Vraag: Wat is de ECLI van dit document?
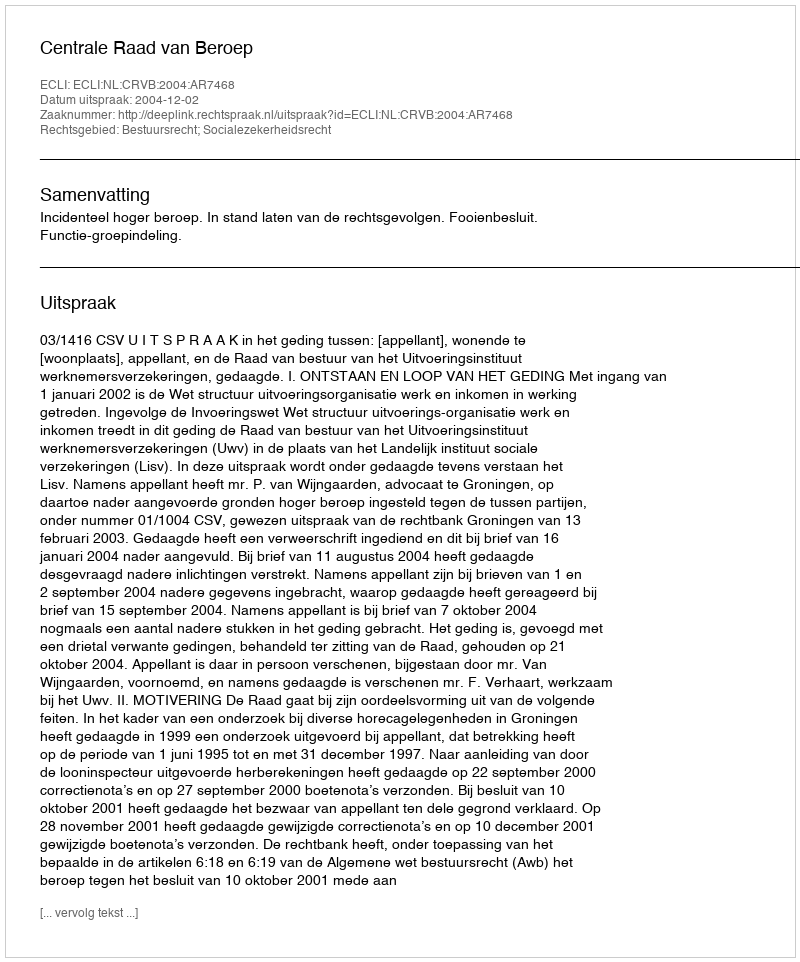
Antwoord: ECLI:NL:CRVB:2004:AR7468